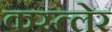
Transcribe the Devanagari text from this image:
कस्त्लेर